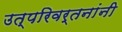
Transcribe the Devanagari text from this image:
उत्परिवर्तनांनी